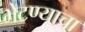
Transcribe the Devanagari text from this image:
भेटण्याचा